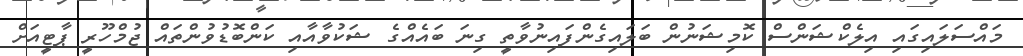
މައްސަލައިގައި އިލެކްޝަންސް ކޮމިޝަނުން ބަލައިގެންފައިނުވާތީ ގިނަ ބައެއްގެ ޝަކުވާއާއި ކަންބޮޑުވުންތައް ޖުމްހޫރީ ޕާޓީއަށް